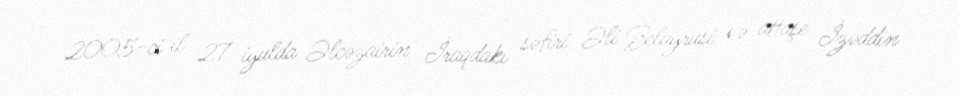
2005-ci il 27 iyulda Əlcəzairin İraqdakı səfiri Əli Belayrusi və attaşe İzəddin